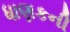
ધાણકની